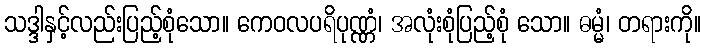
သဒ္ဒါနှင့်လည်းပြည့်စုံသော။ ကေဝလပရိပုဏ္ဏံ၊ အလုံးစုံပြည့်စုံ သော။ ဓမ္မံ၊ တရားကို။